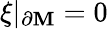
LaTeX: \xi\vert_{\partial{\cal\mathbf{M}}}=0